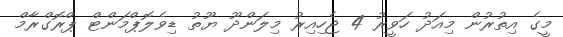
މީގެ އިތުރުން މިއަދު ހަވީރު 4 ޖެހިއިރު މިލަންދޫ ޔޫތު ޑިވެލޮޕްމަންޓް ޕްރޮގްރާމް